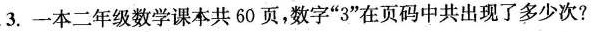
3.一本二年级数学课本共60页，数字“3”在页码中共出现了多少次?